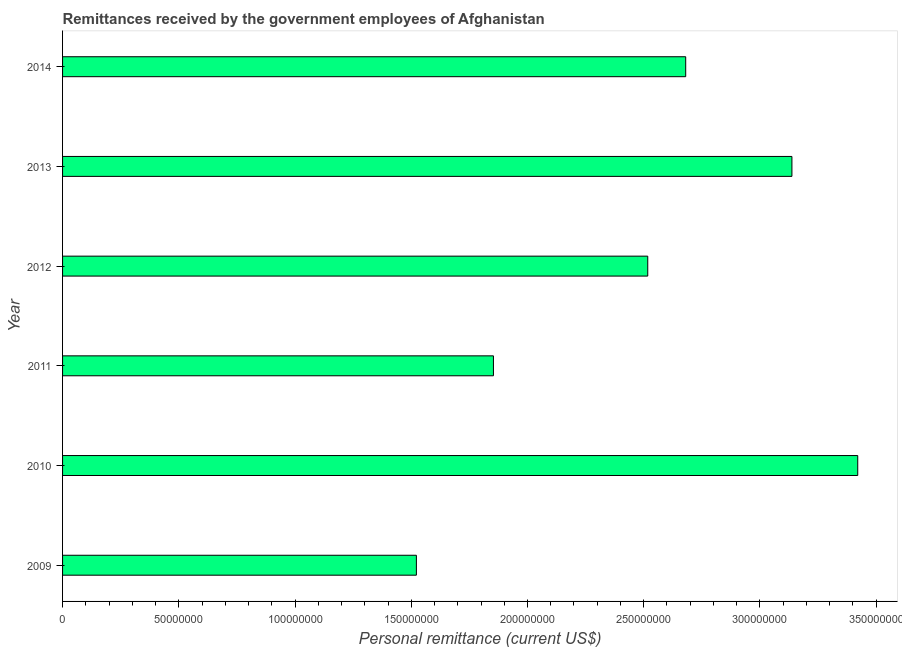
| Year | Personal remittances |
 | --- | --- |
 | 2009 | 1.52e+08 |
 | 2010 | 3.42e+08 |
 | 2011 | 1.85e+08 |
 | 2012 | 2.52e+08 |
 | 2013 | 3.14e+08 |
 | 2014 | 2.68e+08 |